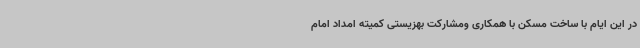
در این ایام با ساخت مسکن با همکاری ومشارکت بهزیستی کمیته امداد امام